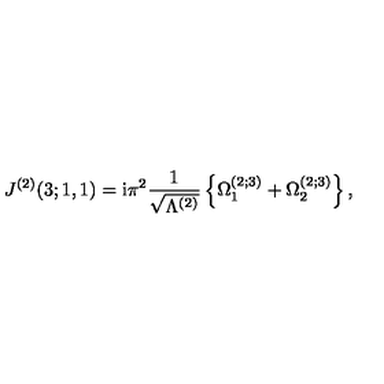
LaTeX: J ^ { ( 2 ) } ( 3 ; 1 , 1 ) = \mathrm { i } \pi ^ { 2 } \frac { 1 } { \sqrt { \Lambda ^ { ( 2 ) } } } \left\{ \Omega _ { 1 } ^ { ( 2 ; 3 ) } + \Omega _ { 2 } ^ { ( 2 ; 3 ) } \right\} ,